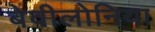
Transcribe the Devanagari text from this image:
बेवीलोनिया